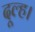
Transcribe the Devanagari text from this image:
दूल्ह।